Report of the Indian Hemp Drugs Commission, 1894-1895 - Volume IV
Year: 1894
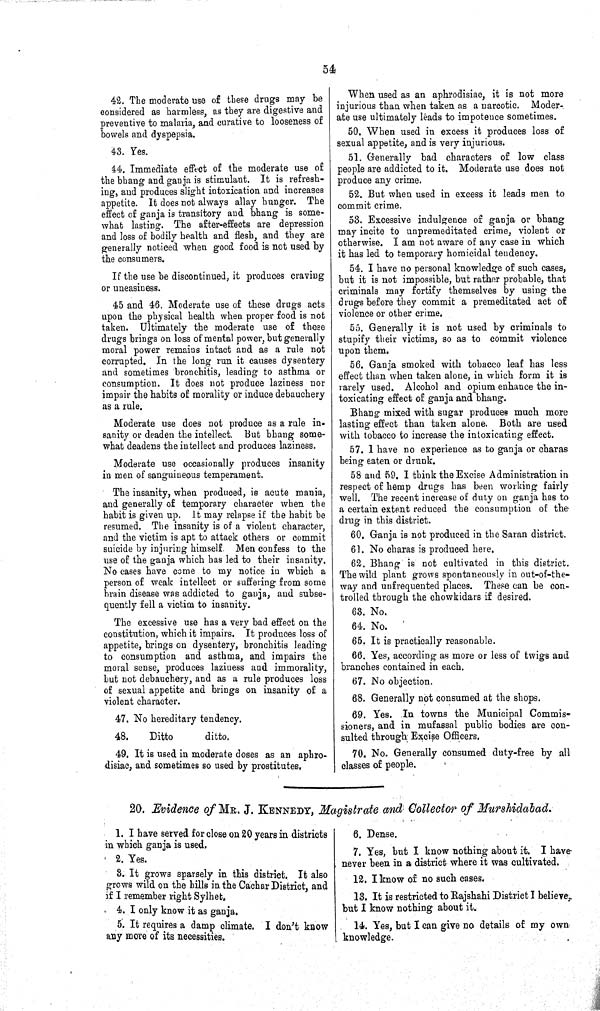
54
42. The moderate use of these drugs may be
considered as harmless, as they are digestive and
preventive to malaria, and curative to looseness of
bowels and dyspepsia.
43. Yes.
44. Immediate effect of the moderate use of
the bhang and ganja is stimulant. It is refresh-
ing, and produces slight intoxication and increases
appetite. It does not always allay hunger. The
effect of ganja is transitory and bhang is some-
what lasting. The after-effects are depression
and loss of bodily health and flesh, and they are
generally noticed when good food is not used by
the consumers.
If the use be discontinued, it produces craving
or uneasiness.
45 and 46. Moderate use of these drugs acts
upon the physical health when proper food is not
taken. Ultimately the moderate use of these
drugs brings on loss of mental power, but generally
moral power remains intact and as a rule not
corrupted. In the long run it causes dysentery
and sometimes bronchitis, leading to asthma or
consumption. It does not produce laziness nor
impair the habits of morality or induce debauchery
as a rule.
Moderate use does not produce as a rule in-
sanity or deaden the intellect. But bhang some-
what deadens the intellect and produces laziness.
Moderate use occasionally produces insanity
in men of sanguineous temperament.
The insanity, when produced, is acute mania,
and generally of temporary character when the
habit is given up. It may relapse if the habit be
resumed. The insanity is of a violent character,
and the victim is apt to attack others or commit
suicide by injuring himself. Men confess to the
use of the ganja which has led to their insanity.
No cases have come to my notice in which a
person of weak intellect or suffering from some
brain disease was addicted to ganja, and subse-
quently fell a victim to insanity.
The excessive use has a very bad effect on the
constitution, which it impairs. It produces loss of
appetite, brings on dysentery, bronchitis leading
to consumption and asthma, and impairs the
moral sense, produces laziness and immorality,
but not debauchery, and as a rule produces loss
of sexual appetite and brings on insanity of a
violent character.
47. No hereditary tendency.
48.
Ditto
ditto.
49. It is used in moderate doses as an aphro-
disiac, and sometimes so used by prostitutes.
When used as an aphrodisiac, it is not more
injurious than when taken as a narcotic. Moder-
ate use ultimately leads to impotence sometimes.
50. When used in excess it produces loss of
sexual appetite, and is very injurious.
51. Generally bad characters of low class
people are addicted to it. Moderate use does not
produce any crime.
52. But when used in excess it leads men to
commit crime.
53. Excessive indulgence of ganja or bhang
may incite to unpremeditated crime, violent or
otherwise. I am not aware of any case in which
it has led to temporary homicidal tendency.
54. I have no personal knowledge of such cases,
but it is not impossible, but rather probable, that
criminals may fortify themselves by using the
drugs before they commit a premeditated act of
violence or other crime.
55. Generally it is not used by criminals to
stupify their victims, so as to commit violence
upon them.
56. Ganja smoked with tobacco leaf has less
effect than when taken alone, in which form it is
rarely used. Alcohol and opium enhance the in-
toxicating effect of ganja and bhang.
Bhang mixed with sugar produces much more
lasting effect than taken alone. Both are used
with tobacco to increase the intoxicating effect.
57. I have no experience as to ganja or charas
being eaten or drunk.
58 and 59. I think the Excise Administration in
respect of hemp drugs has been working fairly
well. The recent increase of duty on ganja has to
a certain extent reduced the consumption of the
drug in this district.
60. Ganja is not produced in the Saran district.
61. No charas is produced here.
62. Bhang is not cultivated in this district.
The wild plant grows spontaneously in out-of-the-
way and unfrequented places. These can be con-
trolled through the chowkidars if desired.
63. No.
64. No.
65. It is practically reasonable.
66. Yes, according as more or less of twigs and
branches contained in each.
67. No objection.
68. Generally not consumed at the shops.
69. Yes. In towns the Municipal Commis-
sioners, and in mufassal public bodies are con-
sulted through Excise Officers.
70. No. Generally consumed duty-free by all
classes of people.
20. Evidence of MR. J. KENNEDY, Magistrate and Collector of Murshidabad.
1. I have served for close on 20 years in districts
in which ganja is used.
2. Yes.
3. It grows sparsely in this district. It also
grows wild on the hills in the Cachar District, and
if I remember right Sylhet.
4. I only know it as ganja.
5. It requires a damp climate. I don't know
any more of its necessities.
6. Dense.
7. Yes, but I know nothing about it. I have
never been in a district where it was cultivated.
12. I know of no such cases.
13. It is restricted to Rajshahi District I believe,
but I know nothing about it.
14. Yes, but I can give no details of my own
knowledge.